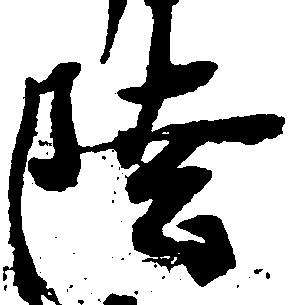
陸